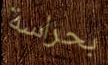
بحراسة